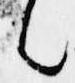
也